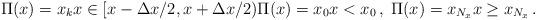
LaTeX: \begin{align*} \Pi(x) = x_k x \in [x-\Delta x/2,x+\Delta x/2) \Pi(x) = x_0 x <x_0\,,\; \Pi(x) = x_{N_x} x \ge x_{N_x}\,.\end{align*}